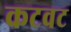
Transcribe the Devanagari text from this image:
कटवट